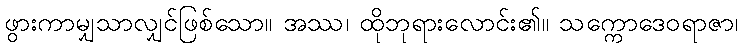
ဖွားကာမျှသာလျှင်ဖြစ်သော။ အဿ၊ ထိုဘုရားလောင်း၏။ သက္ကောဒေဝရာဇာ၊